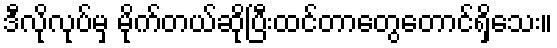
ဒီလိုလုပ်မှ မိုက်တယ်ဆိုပြီးထင်တာတွေတောင်ရှိသေး။